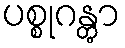
ပစ္စုဂန္တွာ